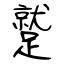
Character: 蹵